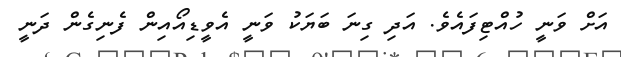
އަށް ވަނީ ހުއްޓިފައެވެ. އަދި ގިނަ ބަޔަކު ވަނީ އެވީޑިއޯއިން ފެނިގެން ދަނީ